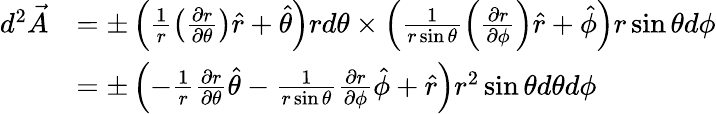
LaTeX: \begin{array}{rl}{d^{2}\vec{A}}&{=\pm\left(\frac 1r\left(\frac{\partial r}{\partial\theta}\right)\hat{r}+\hat{\theta}\right)rd\theta\times\left(\frac 1{r\sin\theta}\left(\frac{\partial r}{\partial\phi}\right)\hat{r}+\hat{\phi}\right)r\sin\theta d\phi}\\ &{=\pm\left(-\frac 1r\frac{\partial r}{\partial\theta}\hat{\theta}-\frac 1{r\sin\theta}\frac{\partial r}{\partial\phi}\hat{\phi}+\hat{r}\right)r^{2}\sin\theta d\theta d\phi}\end{array}